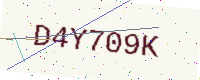
Text: D4Y709K